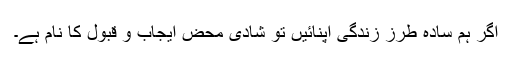
اگر ہم سادہ طرز زندگی اپنائیں تو شادی محض ایجاب و قبول کا نام ہے۔